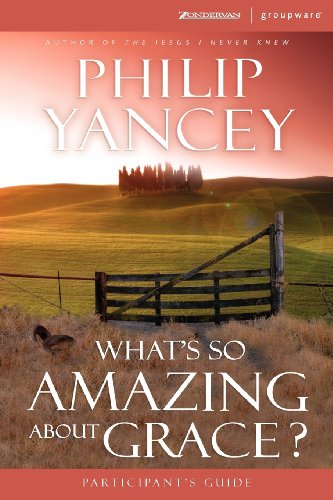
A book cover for What's So Amazing About Grace? Participant's Guide; Philip Yancey; Christian Books & Bibles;